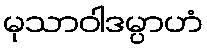
မုသာဝါဒမ္ပာဟံ